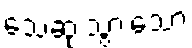
သေဆုံးသွားသော